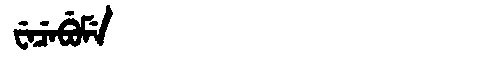
Manchu: ᠸᡝᠴᡝᠪᡠᠮᡝ
Romanization: WECEBUME